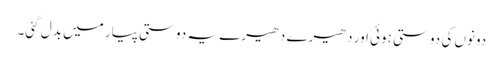
دونوں کی دوستی ہوئی اور دھیرے دھیرے یہ دوستی پیار میں بدل گئی۔